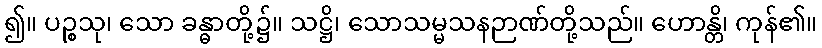
၍။ ပဉ္စသု၊ သော ခန္ဓာတို့၌။ သဋ္ဌိ၊ သောသမ္မသနဉာဏ်တို့သည်။ ဟောန္တိ၊ ကုန်၏။